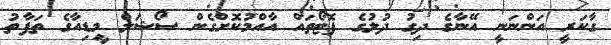
ގާކަރީ އަންނަނީ އޭނާގެ ދިގު ދުލުގެ ފޮޓޯތައް އާއްމުކޮށްގެން ސޯޝަލް މީޑިއާގެ ތަފާތު